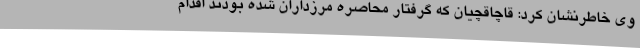
وی خاطرنشان کرد: قاچاقچیان که گرفتار محاصره مرزداران شده بودند اقدام